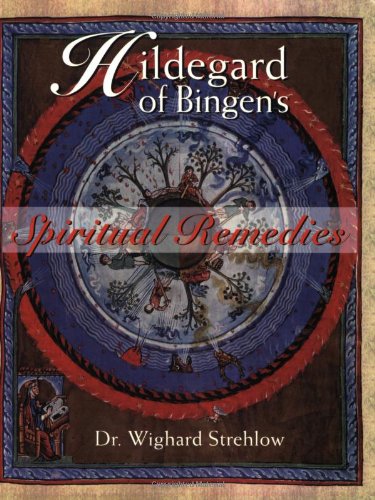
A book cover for Hildegard of Bingen's Spiritual Remedies; Wighard Strehlow; Health, Fitness & Dieting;